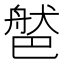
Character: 𦩐